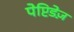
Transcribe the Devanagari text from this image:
पेप्टिडेज़